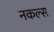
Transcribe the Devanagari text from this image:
नकल्स